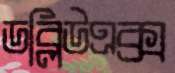
ডব্লিউএক্স